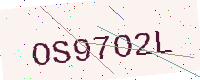
Text: OS97O2L